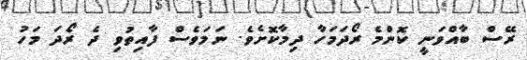
ރޭސް ބާއްވަނީ ކޮންމެ ރޯދަމަހާ ދިމާކޮށެވެ. ނަމަވެސް ފާއިތުވި ދެ ރޯދަ މަހު